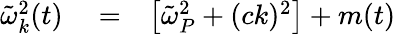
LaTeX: \begin{array}{rlr}{\tilde{\omega}_{k}^{2}(t)}&{{}=}&{\left[\tilde{\omega}_{P}^{2}+(ck)^{2}\right]+m(t)}\end{array}